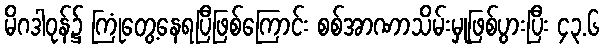
မိဂဒါဝုန်၌ ကြုံတွေ့နေရပြီဖြစ်ကြောင်း စစ်အာဏာသိမ်းမှုဖြစ်ပွားပြီး ၄၃.၆